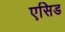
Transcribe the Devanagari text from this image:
एसिड